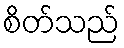
စိတ်သည်